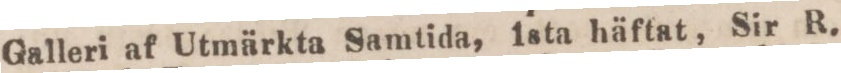
Galleri af Utmärkta Samtida, 1sta häftat, Sir R.